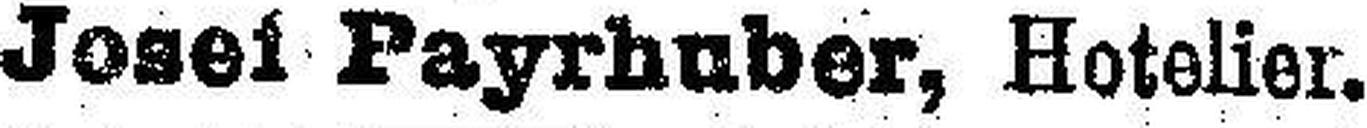
Josef Payrhuber, Hotelier.